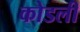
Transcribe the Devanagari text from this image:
कोडली